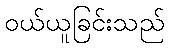
ဝယ်ယူခြင်းသည်